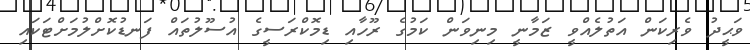
ވަޙީދު ވެރިކަން އަތުލެއްވީ ޒަމާނީ މިނިވަން ކަމުގެ ރޫހާއި ޑިމޮކްރަސީގެ އުސޫލުތައް ފަނޑުކޮށްލުމަށްޓަކައި